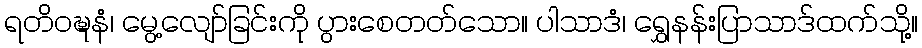
ရတိဝဍ္ဎနံ၊ မွေ့လျော်ခြင်းကို ပွားစေတတ်သော။ ပါသာဒံ၊ ရွှေနန်းပြာသာဒ်ထက်သို့။